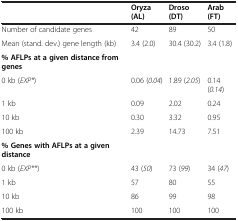
<table><thead><tr><td><b> </b></td><td><b>Oryza (AL)</b></td><td><b>Droso (DT)</b></td><td><b>Arab (FT)</b></td></tr></thead><tbody><tr><td>Number of candidate genes</td><td>42</td><td>89</td><td>50</td></tr><tr><td>Mean (stand. dev.) gene length (kb)</td><td>3.4 (2.0)</td><td>30.4 (30.2)</td><td>3.4 (1.8)</td></tr><tr><td><b>% AFLPs at a given distance from genes</b></td><td> </td><td> </td><td> </td></tr><tr><td>0 kb (<i>EXP*</i>)</td><td>0.06 (<i>0.04</i>)</td><td>1.89 (<i>2.05</i>)</td><td>0.14 (<i>0.14</i>)</td></tr><tr><td>1 kb</td><td>0.09</td><td>2.02</td><td>0.24</td></tr><tr><td>10 kb</td><td>0.30</td><td>3.32</td><td>0.95</td></tr><tr><td>100 kb</td><td>2.39</td><td>14.73</td><td>7.51</td></tr><tr><td><b>% Genes with AFLPs at a given distance</b></td><td> </td><td> </td><td> </td></tr><tr><td>0 kb (<i>EXP**</i>)</td><td>43 (<i>50</i>)</td><td>73 (<i>99</i>)</td><td>34 (<i>47</i>)</td></tr><tr><td>1 kb</td><td>57</td><td>80</td><td>55</td></tr><tr><td>10 kb</td><td>86</td><td>99</td><td>98</td></tr><tr><td>100 kb</td><td>100</td><td>100</td><td>100</td></tr></tbody></table>